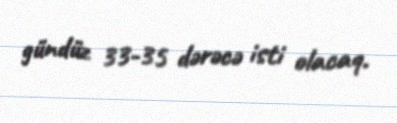
gündüz 33-35 dərəcə isti olacaq.